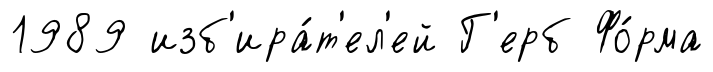
1989 изб'ира́т'ел'ей Г'ерб Фо́рма